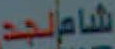
شامالجد